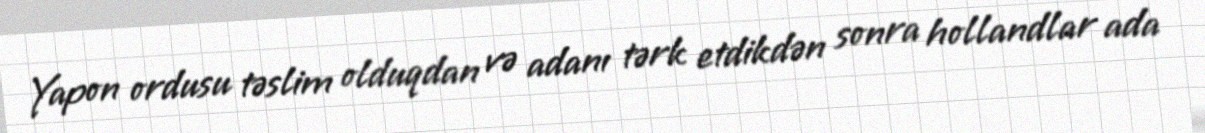
Yapon ordusu təslim olduqdan və adanı tərk etdikdən sonra hollandlar ada